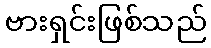
ဗားရှင်းဖြစ်သည်